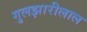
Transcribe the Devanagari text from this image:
गुलझारीलाल